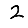
Digit: 2